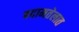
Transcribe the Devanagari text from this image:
बदामतेलात